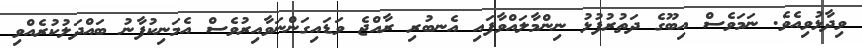
ވިދާޅުވިއެވެ. ނަމަވެސް އިބޫގެ ދަތުުރުފުޅު ނިންމާލައްވާފައި އެނބުރި ރާއްޖެ ވަޑައިގަންނަވާއިރުވެސް އެމަނިކުފާނު ބައްދަލުކުރެއްވި